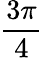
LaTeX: \frac{3\pi}{4}